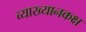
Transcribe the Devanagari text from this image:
व्याख्यानकक्ष